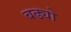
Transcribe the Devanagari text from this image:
बढ्यो